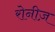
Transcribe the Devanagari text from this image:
रोनीज़